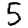
Digit: 5